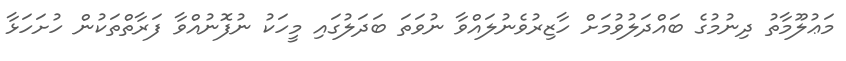
މަޢުލޫމާތު ދިނުމުގެ ބައްދަލުވުމަށް ހާޒިރުވެނުލައްވާ ނުވަތަ ބަދަލުގައި މީހަކު ނުފޮނުއްވާ ފަރާތްތަކުން ހުށަހަޅާ